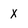
Character: X